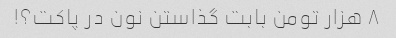
۸ هزار تومن بابت گذاستن نون در پاکت؟!